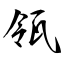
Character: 瓴